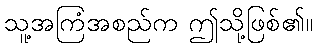
သူ့အကြံအစည်က ဤသို့ဖြစ်၏။